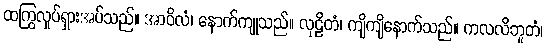
ထကြွလှုပ်ရှားအပ်သည်။ အာဝိလံ၊ နောက်ကျုသည်။ လုဠိတံ၊ ကျိကျိနောက်သည်။ ကလလိဘူတံ၊